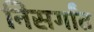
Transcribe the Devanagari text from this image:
निसर्गांत